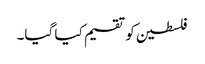
فلسطین کو تقسیم کیا گیا۔